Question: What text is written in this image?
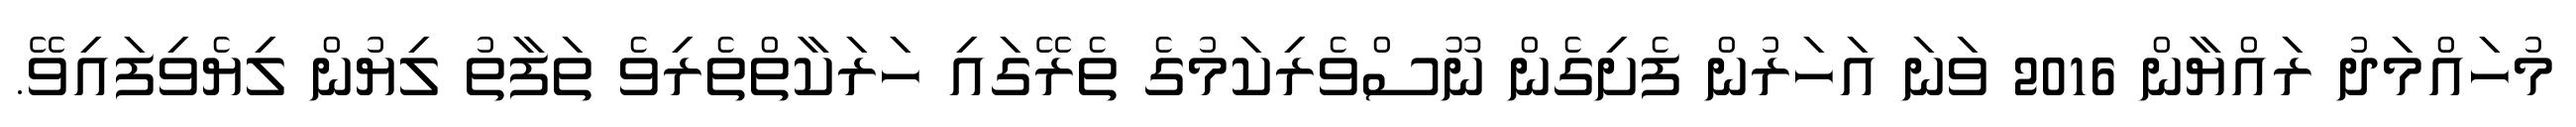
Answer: މުހައްމަދު ރައްޔާން 2016 ވަނަ އަހަރުން ފެށިގެން ނޫސްވެރިކަމުގެ ތެރޭގައި ހަރަކާތްތެރިވެ ތަފާތު ލިޔުން ލިޔެވިފައިވޭ.